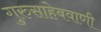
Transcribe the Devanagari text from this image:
गुरुसाहेबवाणी